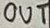
Text: OUT